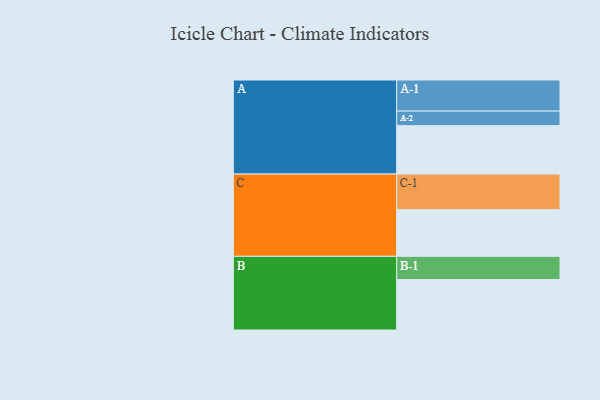
{"axis": {"x": "Segment", "y": "Value"}, "legend": ["", "A", "B", "C"], "data": [{"x": "A", "y": 389, "type": ""}, {"x": "B", "y": 405, "type": ""}, {"x": "C", "y": 375, "type": ""}, {"x": "A-1", "y": 250, "type": "A"}, {"x": "A-2", "y": 117, "type": "A"}, {"x": "B-1", "y": 187, "type": "B"}, {"x": "C-1", "y": 286, "type": "C"}]}